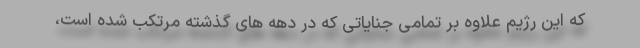
که این رژیم علاوه بر تمامی جنایاتی که در دهه های گذشته مرتکب شده است،